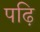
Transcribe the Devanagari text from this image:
पढ़ि